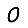
Digit: 0